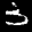
Label: 3